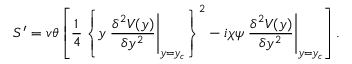
S ^ { \prime } = v \theta \left[ \frac { 1 } { 4 } \left\{ y \left. \frac { \delta ^ { 2 } V ( y ) } { \delta y ^ { 2 } } \right| _ { y = y _ { c } } \right\} ^ { 2 } - i \chi \psi \left. \frac { \delta ^ { 2 } V ( y ) } { \delta y ^ { 2 } } \right| _ { y = y _ { c } } \right] .